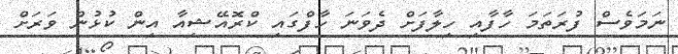
ނަމަވެސް ފުރަތަމަ ހާފާއި ހިލާފަށް ދެވަނަ ހާފްގައި ކްރޮއޭޝިއާ އިން ކުޅުން ވަރަށް